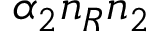
\alpha _ { 2 } n _ { R } n _ { 2 }